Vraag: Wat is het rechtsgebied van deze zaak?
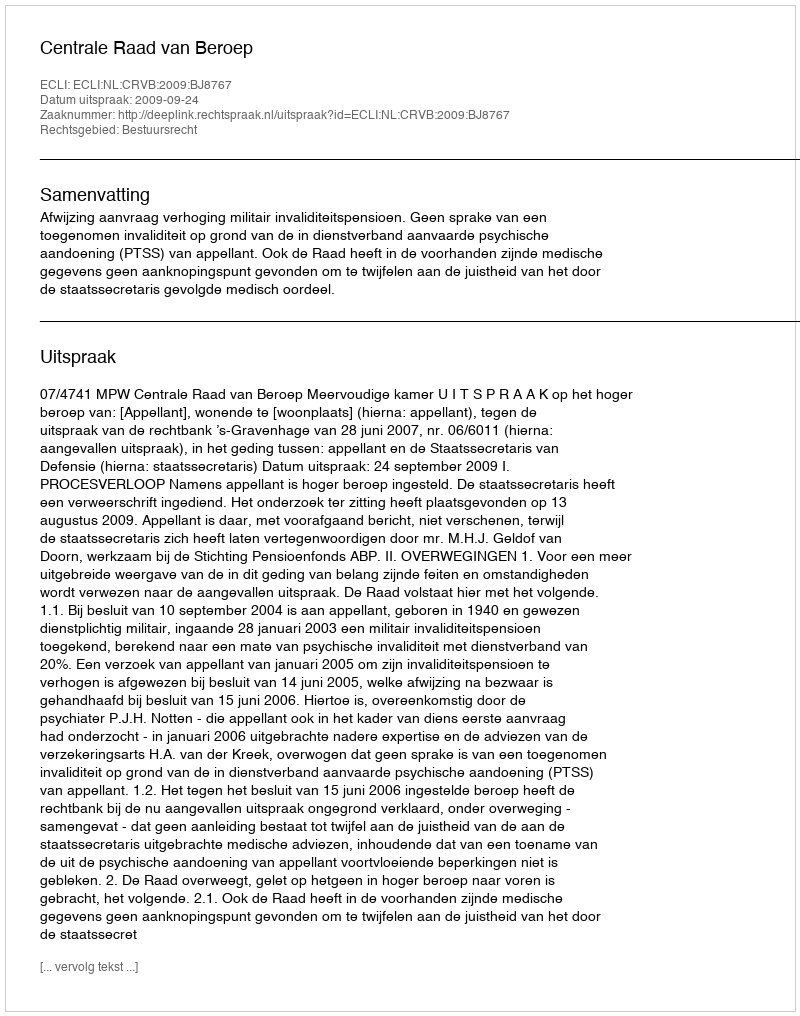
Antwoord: Bestuursrecht